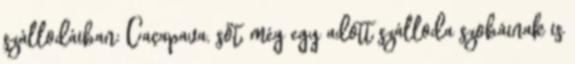
szállodáiban: Caçapava, sőt, még egy adott szálloda szobáinak is